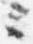
々